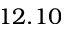
1 2 . 1 0